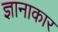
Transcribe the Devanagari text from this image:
ज्ञानाकार